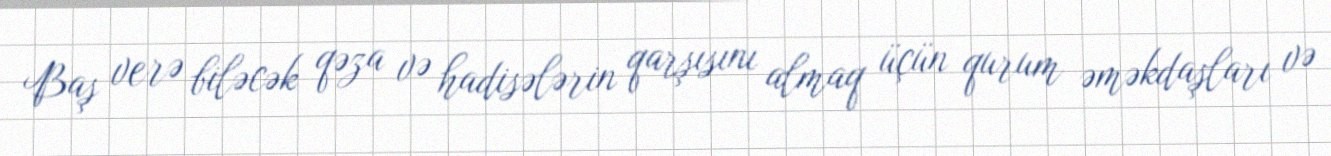
Baş verə biləcək qəza və hadisələrin qarşısını almaq üçün qurum əməkdaşları və